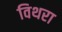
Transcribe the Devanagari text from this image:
विथरा